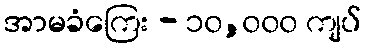
အာမခံကြေး - ၁၀,၀၀၀ ကျပ်